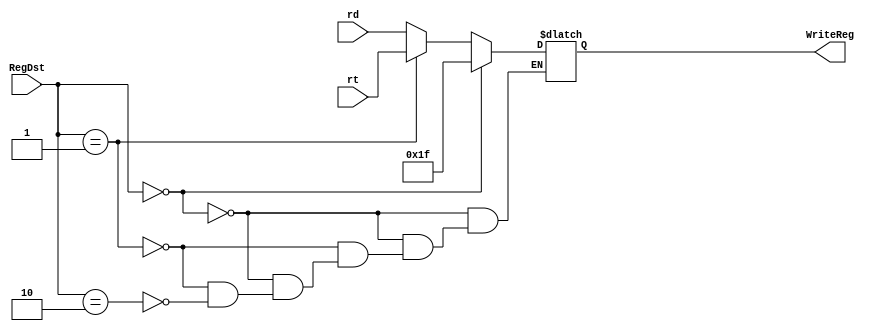
`timescale 1ns / 1ps

module WriteRegSelector(
    input [1:0]RegDst,
    output reg[4:0]WriteReg,
    input [4:0]rt,
    input [4:0]rd
    );
    always@(RegDst)
    begin
    
        if(RegDst==2'b00)
        begin
            WriteReg=5'b11111;
        end
        
        else if(RegDst==2'b01)
        begin
            WriteReg=rt;    
        end
        
        else if(RegDst==2'b10)
        begin
            WriteReg=rd;
        end
    end
endmodule